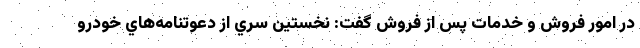
در امور فروش و خدمات پس از فروش گفت: نخستين سري از دعوتنامه‌هاي خودرو